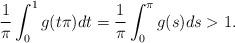
LaTeX: \begin{align*}\frac{1}{\pi}\int_{0}^{1}g(t \pi)dt=\frac{1}{\pi}\int_{0}^{\pi}g(s)ds>1. \end{align*}